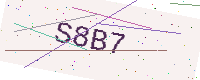
Text: S8B7